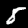
Digit: 8